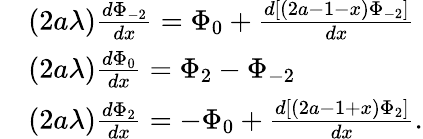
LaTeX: \begin{array}{rl}&{(2a\lambda)\frac{d\Phi_{-2}}{dx}=\Phi_{0}+\frac{d\left[(2a-1-x)\Phi_{-2}\right]}{dx}}\\ &{(2a\lambda)\frac{d\Phi_{0}}{dx}=\Phi_{2}-\Phi_{-2}}\\ &{(2a\lambda)\frac{d\Phi_{2}}{dx}=-\Phi_{0}+\frac{d\left[(2a-1+x)\Phi_{2}\right]}{dx}.}\end{array}